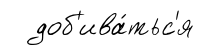
доб'ива́тьс'я